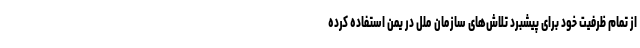
از تمام ظرفیت خود برای پیشبرد تلاش‌های سازمان ملل در یمن استفاده کرده